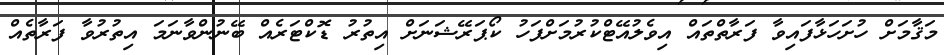
މަޤާމަށް ހުށަހަޅާފައިވާ ފަރާތްތައް އިވެލުއޭޓްކުރުމަށްފަހު ކޯޕަރޭޝަނަށް އިތުރު ޑޮކްޓަރެއް ބޭނުންވާނަމަ އިތުރުވާ ފަރާތެއް